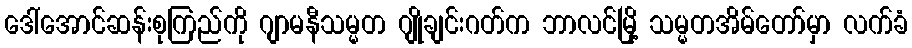
ဒေါ်အောင်ဆန်းစုကြည်ကို ဂျာမနီသမ္မတ ဂျိုချင်းဂတ်က ဘာလင်မြို့ သမ္မတအိမ်တော်မှာ လက်ခံ